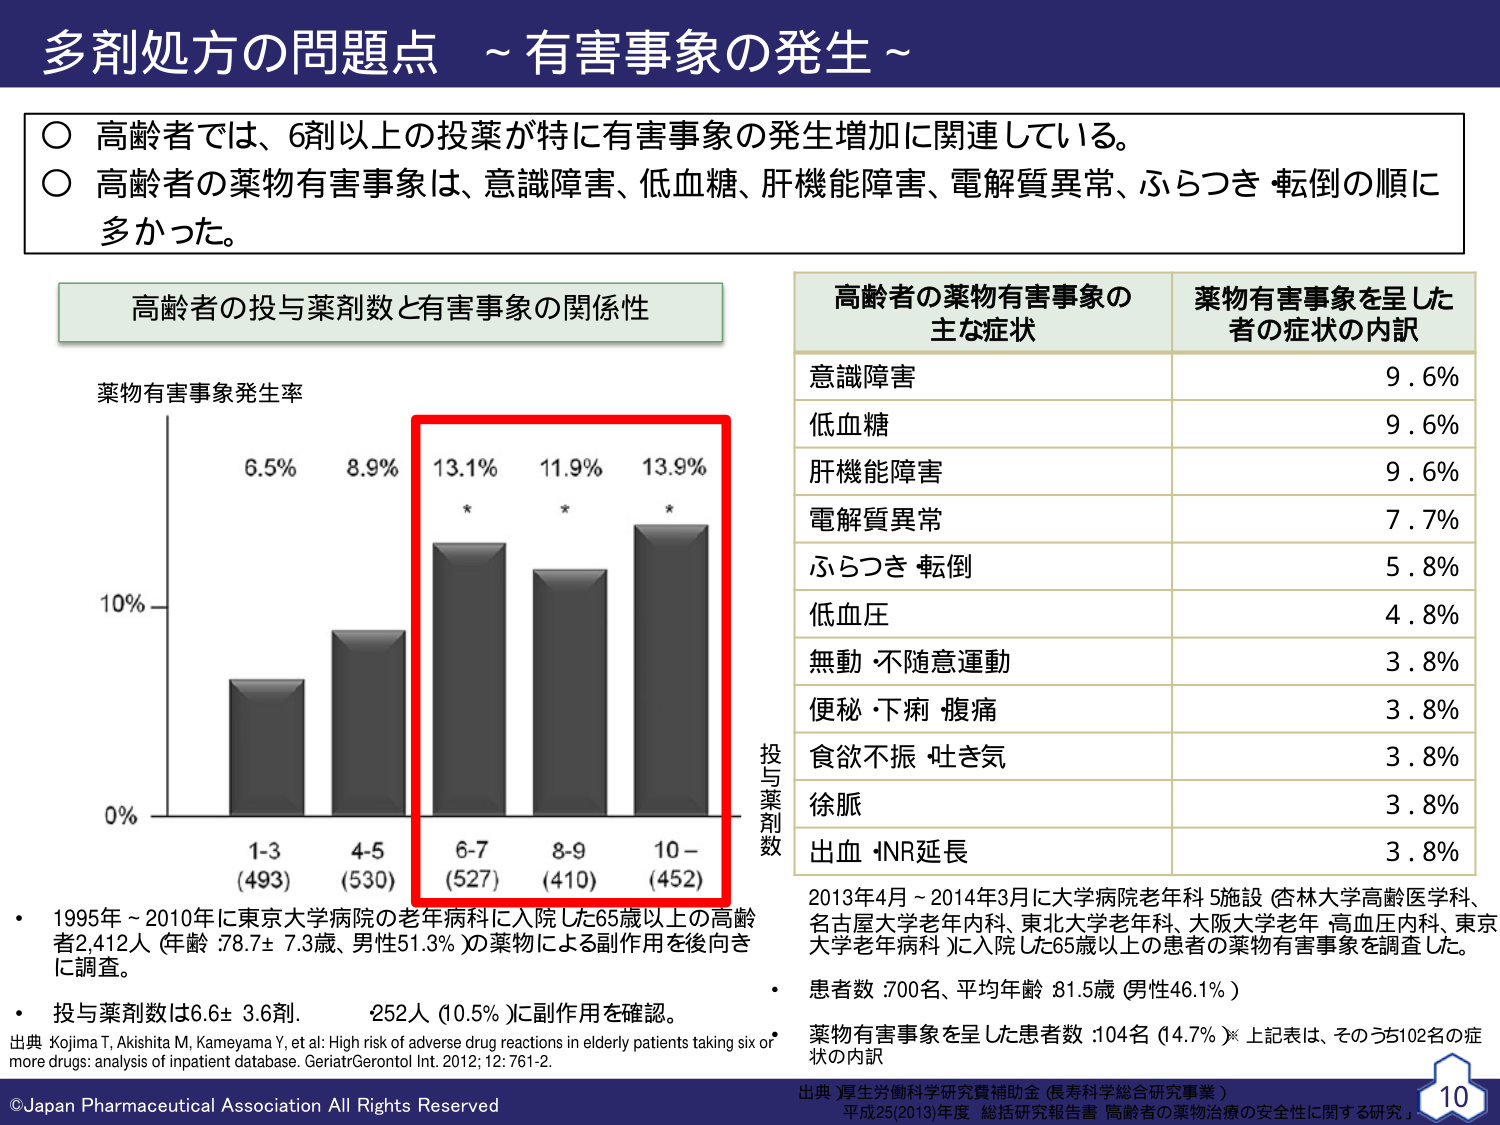
多剤処方の問題点 ~有害事象の発生~

○ 高齢者では、6剤以上の投薬が特に有害事象の発生増加に関連している。
○ 高齢者の薬物有害事象は、意識障害、低血糖、肝機能障害、電解質異常、ふらつき・転倒の順に多かった。

高齢者の投与薬剤数と有害事象の関係性

薬物有害事象発生率

10%
0%

1-3 (493)
4-5 (530)
6-7 (527)
8-9 (410)
10- (452)

6.5%
8.9%
13.1% *
11.9% *
13.9% *

投与薬剤数

・ 1995年～2010年に東京大学病院の老年病科に入院した65歳以上の高齢者2,412人（年齢：78.7±7.3歳、男性51.3%）の薬物による副作用を後向きに調査。
・ 投与薬剤数は6.6±3.6剤。 252人（10.5%）に副作用を確認。
出典：Kojima T, Akishita M, Kameyama Y, et al: High risk of adverse drug reactions in elderly patients taking six or more drugs: analysis of inpatient database. GeriatrGerontol Int. 2012; 12: 761-2.

高齢者の薬物有害事象の主な症状 薬物有害事象を呈した者の症状の内訳

意識障害 9.6%
低血糖 9.6%
肝機能障害 9.6%
電解質異常 7.7%
ふらつき・転倒 5.8%
低血圧 4.8%
無動・不随意運動 3.8%
便秘・下痢・腹痛 3.8%
食欲不振・吐き気 3.8%
徐脈 3.8%
出血・INR延長 3.8%

2013年4月～2014年3月に大学病院老年科5施設（杏林大学高齢医学科、名古屋大学老年内科、東北大学老年科、大阪大学老年・高血圧内科、東京大学老年病科）に入院した65歳以上の患者の薬物有害事象を調査した。
・ 患者数：700名、平均年齢：81.5歳（男性46.1%）
・ 薬物有害事象を呈した患者数：104名（14.7%）※上記表は、そのうち102名の症状の内訳

出典：厚生労働科学研究費補助金（長寿科学総合研究事業）
平成25(2013)年度 総括研究報告書「高齢者の薬物治療の安全性に関する研究」

©Japan Pharmaceutical Association All Rights Reserved
10